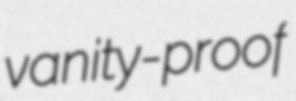
vanity-proof